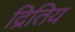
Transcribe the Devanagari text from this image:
द्रितिय